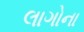
લાગોના